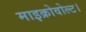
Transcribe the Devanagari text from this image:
माइक्रोवोल्ट।